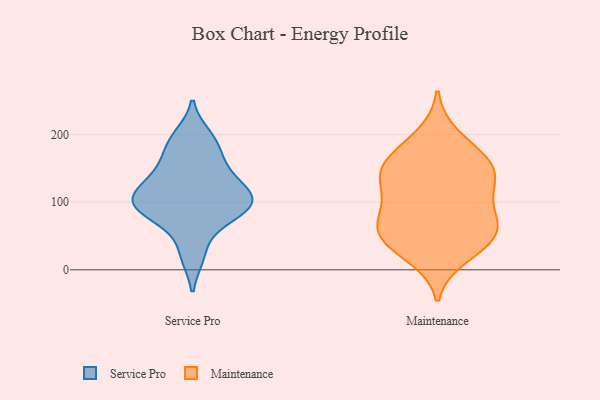
{"axis": {"x": "Churn Rate (%)", "y": "Value"}, "legend": ["Maintenance", "Service Pro"], "data": [{"x": "", "y": 129, "type": "Service Pro"}, {"x": "", "y": 65, "type": "Service Pro"}, {"x": "", "y": 110, "type": "Service Pro"}, {"x": "", "y": 91, "type": "Service Pro"}, {"x": "", "y": 134, "type": "Service Pro"}, {"x": "", "y": 158, "type": "Service Pro"}, {"x": "", "y": 181, "type": "Service Pro"}, {"x": "", "y": 93, "type": "Service Pro"}, {"x": "", "y": 198, "type": "Service Pro"}, {"x": "", "y": 100, "type": "Service Pro"}, {"x": "", "y": 97, "type": "Service Pro"}, {"x": "", "y": 20, "type": "Service Pro"}, {"x": "", "y": 39, "type": "Maintenance"}, {"x": "", "y": 20, "type": "Maintenance"}, {"x": "", "y": 54, "type": "Maintenance"}, {"x": "", "y": 62, "type": "Maintenance"}, {"x": "", "y": 161, "type": "Maintenance"}, {"x": "", "y": 116, "type": "Maintenance"}, {"x": "", "y": 75, "type": "Maintenance"}, {"x": "", "y": 62, "type": "Maintenance"}, {"x": "", "y": 131, "type": "Maintenance"}, {"x": "", "y": 151, "type": "Maintenance"}, {"x": "", "y": 107, "type": "Maintenance"}, {"x": "", "y": 146, "type": "Maintenance"}, {"x": "", "y": 143, "type": "Maintenance"}, {"x": "", "y": 35, "type": "Maintenance"}, {"x": "", "y": 75, "type": "Maintenance"}, {"x": "", "y": 174, "type": "Maintenance"}, {"x": "", "y": 198, "type": "Maintenance"}]}